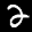
Label: 2